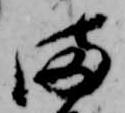
ま